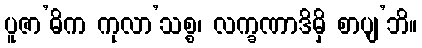
ပူဇာ’ဓိက ကုလာ’သစ္စ၊ လက္ခဏာဒိမှိ စာပျ’ဘိ။